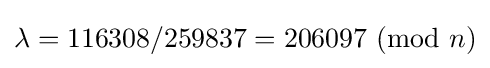
\lambda =116308/259837=206097\ (\mathrm {mod} \ n)